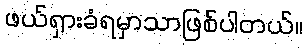
ဖယ်ရှားခံရမှာသာဖြစ်ပါတယ်။